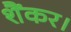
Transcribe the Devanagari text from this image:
शैंकर।